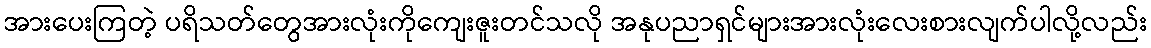
အားပေးကြတဲ့ ပရိသတ်တွေအားလုံးကိုကျေးဇူးတင်သလို အနုပညာရှင်များအားလုံးလေးစားလျက်ပါလို့လည်း